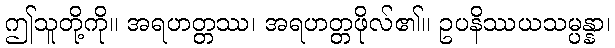
ဤသူတို့ကို။ အရဟတ္တဿ၊ အရဟတ္တဖိုလ်၏။ ဥပနိဿယသမ္ပန္နာ၊